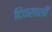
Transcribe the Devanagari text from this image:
दिवसाशी